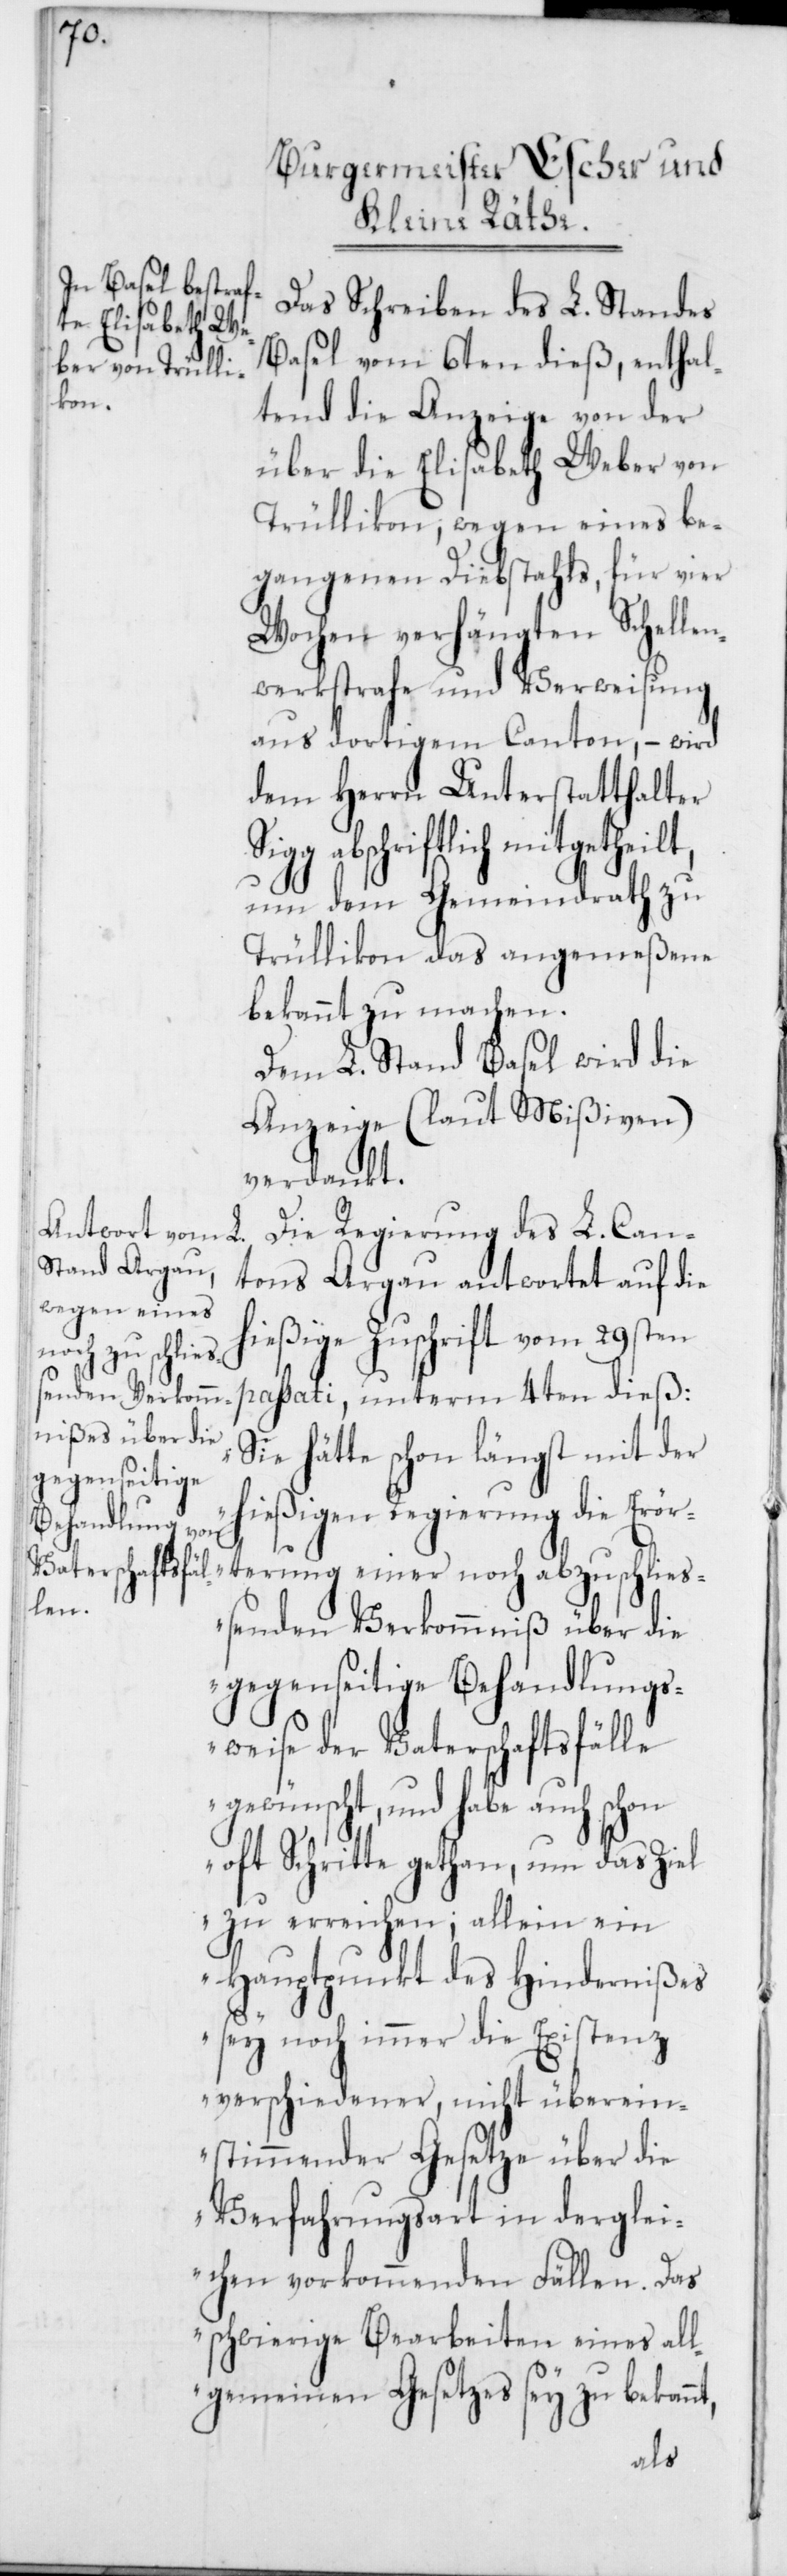
Das Schreiben des L. Standes
Basel vom 6ten dieß, enthal¬
tend die Anzeige von der
über die Elisabeth Weber von
Trüllikon; wegen eines be¬
gangenen Diebstahls, für vier
Wochen verhängten Schellen¬
werkstrafe und Verweisung
aus dortigem Canton, – wird
dem Herrn Unterstatthalter
abschriftlich mitgetheilt,
um dem Gemeindrath zu
Trüllikon das angemeßene
bekannt zu machen.
Dem L. Stand Basel wird die
Anzeige (laut Mißiven)
verdankt.
Die Regierung des L. Can¬
tons Argau antwortet auf die
terung einer
hießige Zuschrift vom 29sten
noch abzuschließ¬
passati, unterm 4ten dieß:
„Sie hätte schon längst mit der
hießigen Regierung die Erör¬
enden Verkommniß über die
gegenseitige Behandlungs¬
weise der Vaterschaftsfälle
gewünscht, und habe auch schon
oft Schritte gethan, um das Ziel
zu erreichen; allein ein
Hauptpunkt des Hindernißes
sey noch immer die Existenz
verschiedener, nicht überein¬
stimmender Gesetze über die
Verfahrungsart in derglei¬
chen vorkommenden Fällen. Das
schwierige Bearbeiten eines all¬
gemeinen Gesetzes sey zu bekannt,